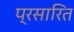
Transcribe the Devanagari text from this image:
प्रसारित